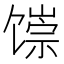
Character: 𬳐